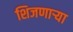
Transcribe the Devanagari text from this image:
शिजणार्‍या